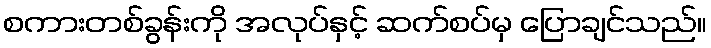
စကားတစ်ခွန်းကို အလုပ်နှင့် ဆက်စပ်မှ ပြောချင်သည်။